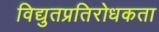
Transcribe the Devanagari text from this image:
विद्युतप्रतिरोधकता